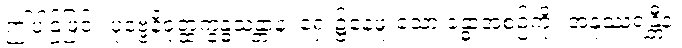
ဤပါဌ်ဖြင့်။ ပုဗ္ဗေနိဝုတ္ထက္ခန္ဓသန္တာနံ၊ ရှေး၌နေဖူးသော ခန္ဓာအစဉ်ကို။ အနုဿရန္တီနံ၊